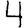
Digit: 4